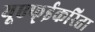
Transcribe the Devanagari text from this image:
यूएफ्ईकरिता